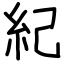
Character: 紀